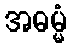
အဓမ္မံ